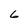
Character: 6